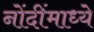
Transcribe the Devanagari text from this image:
नोंदींमाध्ये